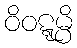
ဝိဝဋ္ဋမ္ပိ